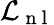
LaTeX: \mathcal{L}_{\mathrm{~n~l~}}